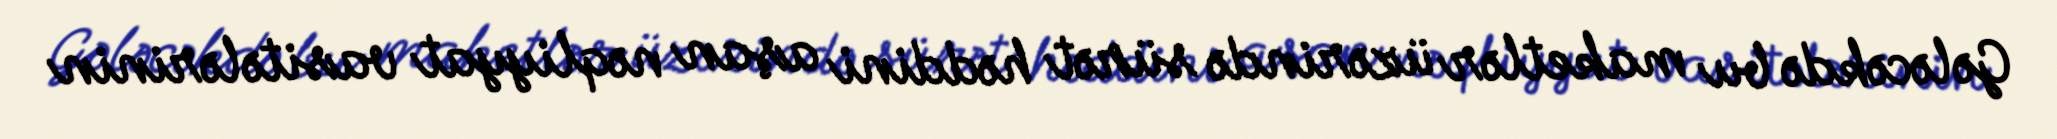
Gələcəkdə bu maketlər üzərində sürət həddini aşan nəqliyyat vasitələrinin